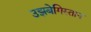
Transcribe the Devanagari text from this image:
उझबेगिस्तान